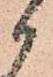
候